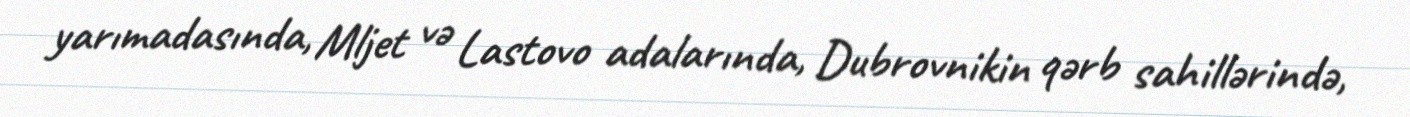
yarımadasında, Mljet və Lastovo adalarında, Dubrovnikin qərb sahillərində,